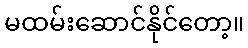
မထမ်းဆောင်နိုင်တော့။